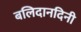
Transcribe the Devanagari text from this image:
बलिदानदिनी